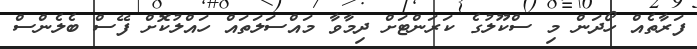
ފަރާތެއް ހޯދަން މި ސްކޫލުގެ ކަރަންޓަށް ދިމާވާ މައްސަލަތައް ހައްލުކޮށް ފޭސް ބެލެންސް